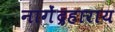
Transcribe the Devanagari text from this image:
नागेंद्रहाराय